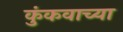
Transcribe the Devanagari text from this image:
कुंकवाच्या